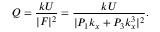
Q = \frac { k U } { | F | ^ { 2 } } = \frac { k U } { | P _ { 1 } k _ { x } + P _ { 3 } k _ { x } ^ { 3 } | ^ { 2 } } .